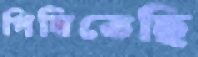
পিষিতেছি